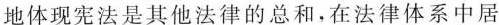
地体现宪法是其他法律的总和，在法律体系中居